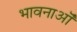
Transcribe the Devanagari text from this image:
भावनाऒं